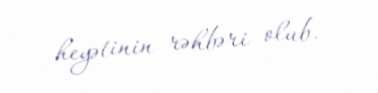
heyətinin rəhbəri olub.